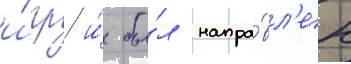
и́гр и́ бы́л напра́вл'ен